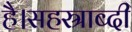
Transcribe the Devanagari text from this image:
है।सहस्राब्दी